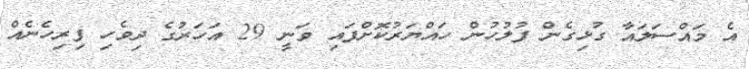
އެ މައްސަލައާ ގުޅިގެން ފުލުހުން ހައްޔަރުކޮށްފައި ވަނީ 29 އަހަރުގެ ދިވެހި ފިރިހެނެއް